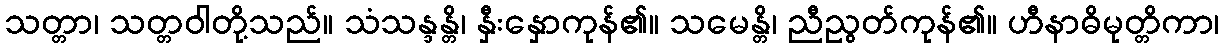
သတ္တာ၊ သတ္တဝါတို့သည်။ သံသန္ဒန္တိ၊ နှီးနှောကုန်၏။ သမေန္တိ၊ ညီညွတ်ကုန်၏။ ဟီနာဓိမုတ္တိကာ၊